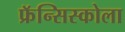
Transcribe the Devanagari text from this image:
फ्रॅन्सिस्कोला